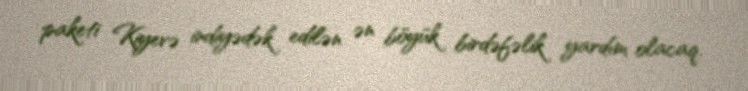
paketi Kiyevə indiyədək edilən ən böyük birdəfəlik yardım olacaq.